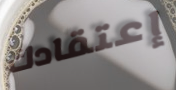
إعتقادك